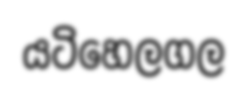
යටිහෙලගල